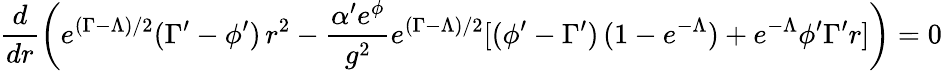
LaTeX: \frac{d}{dr}\left(e^{(\Gamma-\Lambda)/2}(\Gamma^{\prime}-\phi^{\prime})\, r^{2}-\frac{\alpha^{\prime}e^{\phi}}{g^{2}}e^{(\Gamma-\Lambda)/2}[(\phi^{\prime}-\Gamma^{\prime})\, (1-e^{-\Lambda})+e^{-\Lambda}\phi^{\prime}\Gamma^{\prime}r]\right)=0